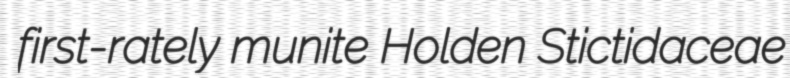
first-rately munite Holden Stictidaceae